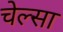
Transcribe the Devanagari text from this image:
चेल्सा